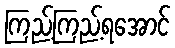
ကြည့်ကြည့်ရအောင်